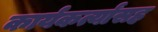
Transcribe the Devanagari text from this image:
कार्यकर्त्यांसह